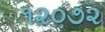
૧૨૦૭૨